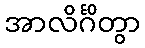
အာလိင်္ဂိတွာ